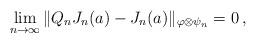
LaTeX: \begin{align*}\lim_{n\to\infty} \| Q_n J_n(a) - J_n(a) \|_{\varphi \otimes \psi_n} = 0 \,,\end{align*}